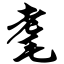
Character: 耄